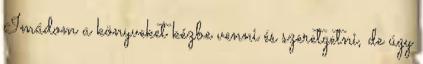
Imádom a könyveket kézbe venni és szeretgetni, de úgy